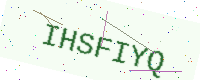
Text: IHSFIYQ